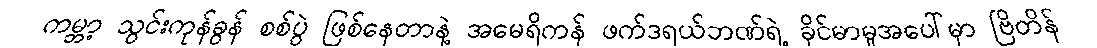
ကမ္ဘာ့ သွင်းကုန်ခွန် စစ်ပွဲ ဖြစ်နေတာနဲ့ အမေရိကန် ဖက်ဒရယ်ဘဏ်ရဲ့ ခိုင်မာမှုအပေါ်မှာ ဗြိတိန်